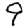
Digit: 9